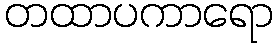
တထာပကာရော